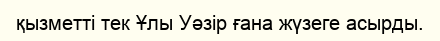
қызметті тек Ұлы Уәзір ғана жүзеге асырды.